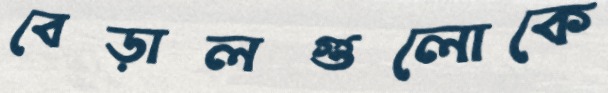
বেড়ালগুলোকে